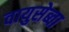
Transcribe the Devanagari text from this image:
वायुसेब्वा